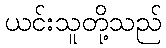
ယင်းသူတို့သည်